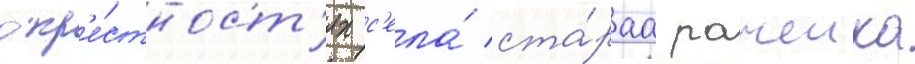
окр'е́стност'ях с'ела́ ста́раа рачеика